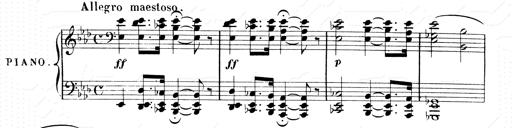
Title: 2 Transcriptions d'aprÃ¨s Rossini
Composer: Franz Liszt